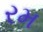
રમ